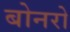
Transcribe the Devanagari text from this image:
बोनरो